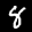
Label: 8